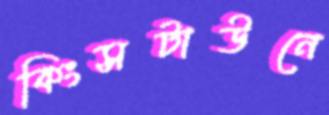
কিংসটাউনে